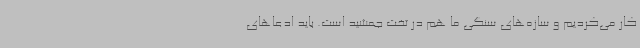
کار می‌کردیم و سازه‌های سنگی ما هم در تخت جمشید است. باید ادعاهای